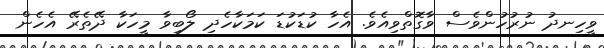
ވީހިނދު ނުރުހުންވެސް ވާގޮތްވިއެވެ. އެހާ ކުޑަކުޑަ ކަމަކާހެދި ލޯބިވާ މީހަކާ ދޭތެރޭ އެހެން